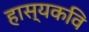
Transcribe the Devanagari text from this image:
हास्यकवि